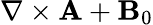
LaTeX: \nabla\times{\mathbf A}+{\mathbf B}_{0}